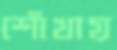
শোঁখায়